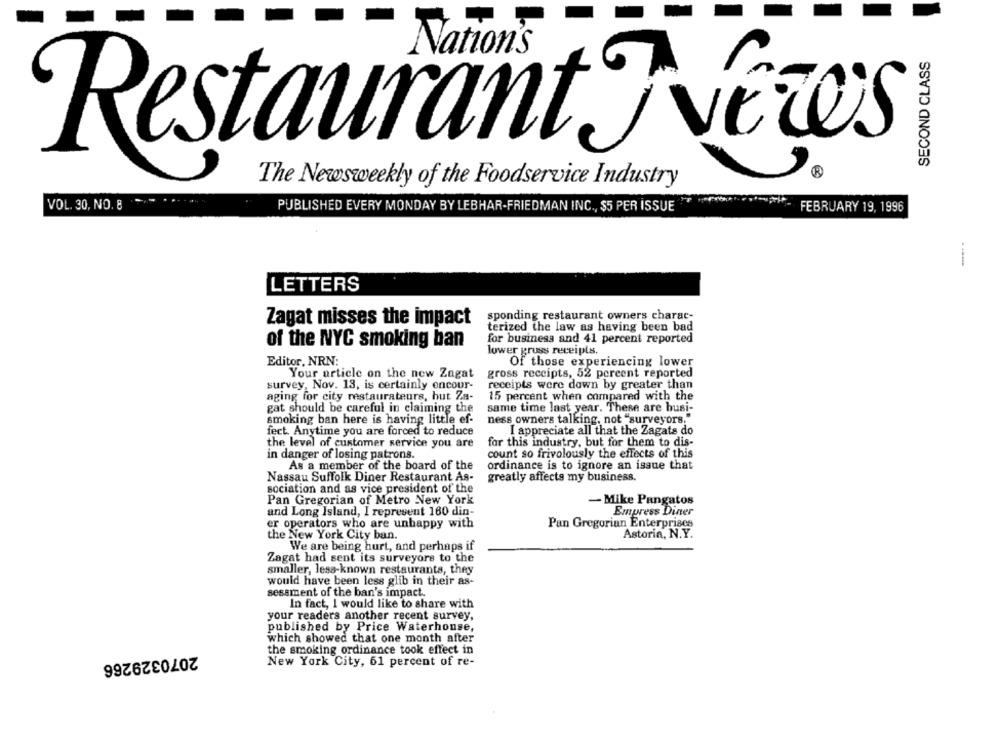
SECOND CLASS
Restaurant Jews
The Newsweekly of the Foodservice Industry
VOL. 30, NO. 8
FEBRUARY 19, 1996
PUBLISHED EVERY MONDAY BY LEBHAR-FRIEDMAN INC ., $5 PER ISSUE
LETTERS
sponding restaurant owners charac-
Zagat misses the impact
terized the law as having been bad
for business and 41 percent reported
of the NYC smoking ban
lower gruss receipts.
Editor. NRN:
Of those experiencing lower
Your article on the new Zagat
gross receipts, 52 percent reported
survey, Nov. 13, is certainly encour-
receipts were down by greater than
aging for city restaurateurs, but Za-
15 percent when compared with the
gat should be careful in claiming the
same time last year. These are busi-
smoking ban here is having little ef-
ness owners talking, not "surveyors.
fect. Anytime you are forced to reduce
I appreciate all that the Zagats do
the level of customer service you are
for this industry, but for them to dis-
in danger of losing patrons.
count so frivolously the effects of this
As a member of the board of the
ordinance is to ignore an issue that
Nassau Suffolk Diner Restaurant As-
greatly affects my business.
sociation and as vice president of the
Pan Gregorian of Metro New York
- Mike Pangatos
and Long Island, I represent 160 din-
Empress Diner
er operators who are unhappy with
Pan Gregorian Enterprises
Astoria, N.Y.
the New York City ban.
We are being hurt, and perhaps if
Zagat had sent its surveyors to the
smaller, less-known restaurants, they
would have been less glib in their as-
sessment of the ban's impact.
In fact, I would like to share with
your readers another recent survey,
published by Price Waterhouse,
which showed that one month after
the smoking ordinance took effect in
2070329266
New York City, 61 percent of re-